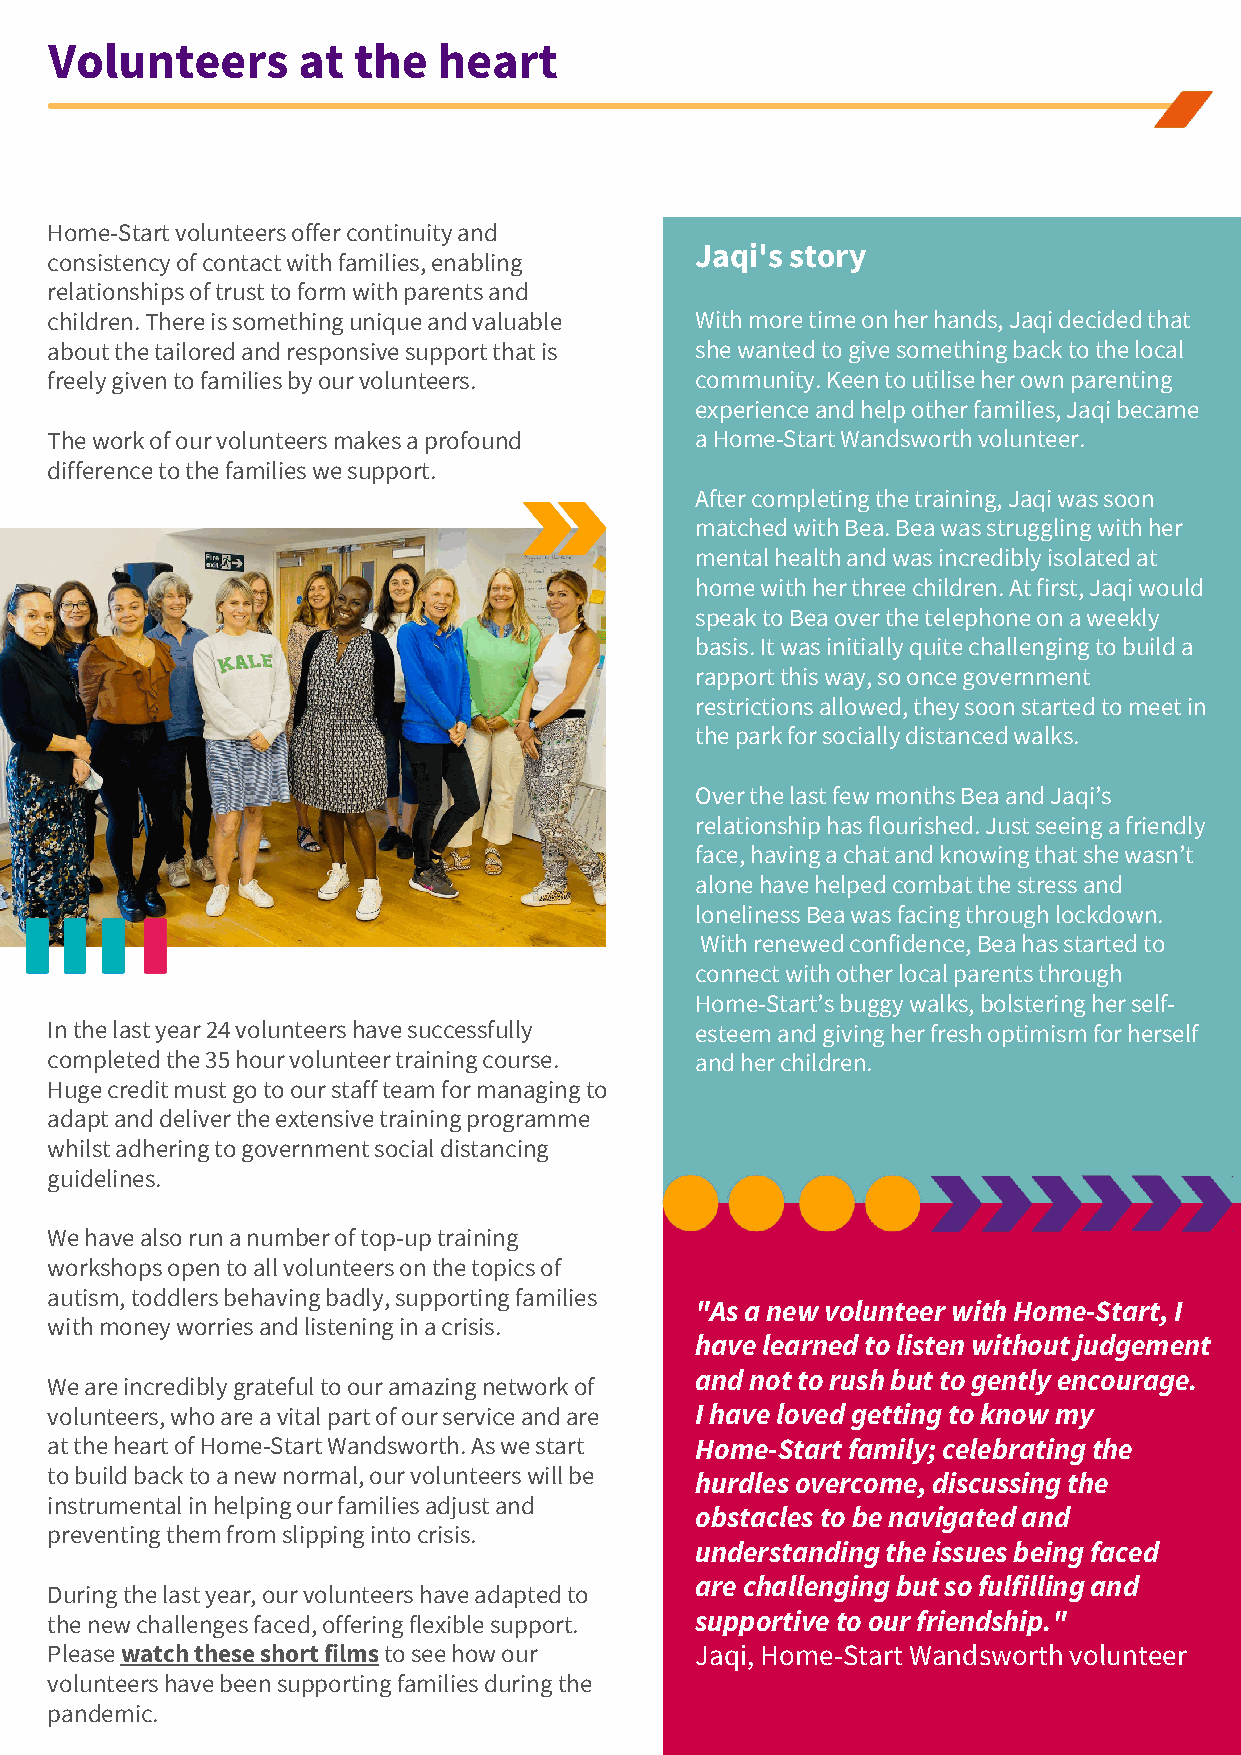
Volunteers       at the   heart
 OUR    VOLUNTEERS
 Home-Start volunteers offer continuity and
 Jaqi's story
 consistency of contact with families, enabling
 relationships of trust to form with parents and
 children. There is something unique and valuable With more time on her hands, Jaqi decided that
 about the tailored and responsive support that is she wanted to give something back to the local
 freely given to families by our volunteers. community. Keen to utilise her own parenting
 experience and help other families, Jaqi became
 The work of our volunteers makes a profound a Home-Start Wandsworth volunteer.
 difference to the families we support.
 After completing the training, Jaqi was soon
 matched with Bea. Bea was struggling with her
 mental health and was incredibly isolated at
 home with her three children. At first, Jaqi would
 speak to Bea over the telephone on a weekly
 basis. It was initially quite challenging to build a
 rapport this way, so once government
 restrictions allowed, they soon started to meet in
 the park for socially distanced walks.
 Over the last few months Bea and Jaqi’s
 relationship has flourished. Just seeing a friendly
 face, having a chat and knowing that she wasn’t
 alone have helped combat the stress and
 loneliness Bea was facing through lockdown.
 With renewed confidence, Bea has started to
 connect with other local parents through
 Home-Start’s buggy walks, bolstering her self-
 In the last year 24 volunteers have successfully esteem and giving her fresh optimism for herself
 completed the 35 hour volunteer training course. and her children.
 Huge credit must go to our staff team for managing to
 adapt and deliver the extensive training programme
 whilst adhering to government social distancing
 guidelines.
 We have also run a number of top-up training
 workshops open to all volunteers on the topics of
 autism, toddlers behaving badly, supporting families
 "As a new volunteer with Home-Start, I
 with money worries and listening in a crisis.
 have learned to listen without judgement
 and not to rush but to gently encourage.
 We are incredibly grateful to our amazing network of
 volunteers, who are a vital part of our service and are I have loved getting to know my
 at the heart of Home-Start Wandsworth. As we start Home-Start family; celebrating the
 to build back to a new normal, our volunteers will be hurdles overcome, discussing the
 instrumental in helping our families adjust and
 obstacles to be navigated and
 preventing them from slipping into crisis.
 understanding the issues being faced
 are challenging but so fulfilling and
 During the last year, our volunteers have adapted to
 the new challenges faced, offering flexible support. supportive to our friendship."
 Please watch these short films to see how our Jaqi, Home-Start Wandsworth volunteer
 volunteers have been supporting families during the
 pandemic.